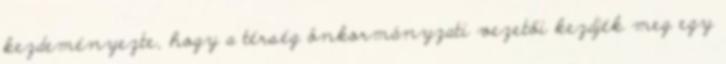
kezdeményezte, hogy a térség önkormányzati vezetői kezdjék meg egy